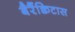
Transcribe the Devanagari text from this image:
बैरैंक्विटास